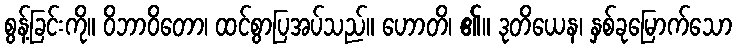
စွန့်ခြင်းကို။ ဝိဘာဝိတော၊ ထင်စွာပြအပ်သည်။ ဟောတိ၊ ၏။ ဒုတိယေန၊ နှစ်ခုမြောက်သော